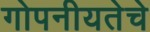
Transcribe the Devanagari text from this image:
गोपनीयतेचे